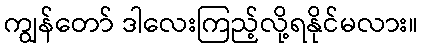
ကျွန်တော် ဒါလေးကြည့်လို့ရနိုင်မလား။